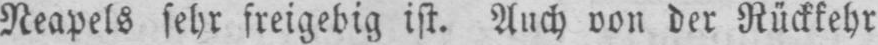
Neapels sehr freigebig ist. Auch von der Rückkehr